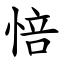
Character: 㥉